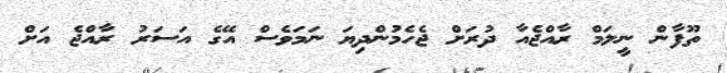
ތޫފާން ނީލަމް ރާއްޖެއާ ދުރަށް ޖެހެމުންދިޔަ ނަމަވެސް އޭގެ އަސަރު ރާއްޖެ އަށް